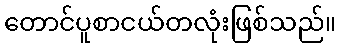
တောင်ပူစာငယ်တလုံးဖြစ်သည်။